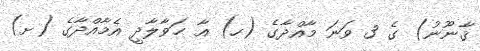
ޤާނޫނު) ގެ 3 ވަނަ މާއްދާގެ (ހ) އާ ޙަވާލާދީ އެމާއްދާގެ (ށ)